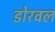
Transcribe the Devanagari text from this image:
डोरवल